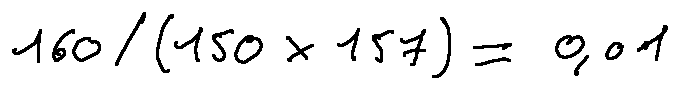
1 6 0 / ( 1 5 0 \times 1 5 7 ) = 0 . 0 1